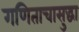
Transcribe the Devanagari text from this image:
गणिताचासुद्धा